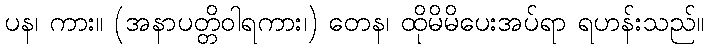
ပန၊ ကား။ (အနာပတ္တိဝါရကား၊) တေန၊ ထိုမိမိပေးအပ်ရာ ရဟန်းသည်။